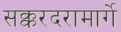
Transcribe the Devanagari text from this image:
सक्करदरामार्गे